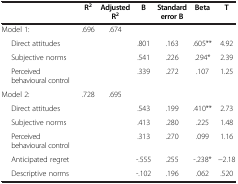
<table><thead><tr><td><b> </b></td><td><b>R<sup>2</sup></b></td><td><b>Adjusted R<sup>2</sup></b></td><td><b>B</b></td><td><b>Standard error B</b></td><td><b>Beta</b></td><td><b>T</b></td></tr></thead><tbody><tr><td>Model 1:</td><td>.696</td><td>.674</td><td> </td><td> </td><td> </td><td> </td></tr><tr><td>Direct attitudes</td><td> </td><td> </td><td>.801</td><td>.163</td><td>.605**</td><td>4.92</td></tr><tr><td>Subjective norms</td><td> </td><td> </td><td>.541</td><td>.226</td><td>.294*</td><td>2.39</td></tr><tr><td>Perceived behavioural control</td><td> </td><td> </td><td>.339</td><td>.272</td><td>.107</td><td>1.25</td></tr><tr><td>Model 2:</td><td>.728</td><td>.695</td><td> </td><td> </td><td> </td><td> </td></tr><tr><td>Direct attitudes</td><td> </td><td> </td><td>.543</td><td>.199</td><td>.410**</td><td>2.73</td></tr><tr><td>Subjective norms</td><td> </td><td> </td><td>.413</td><td>.280</td><td>.225</td><td>1.48</td></tr><tr><td>Perceived behavioural control</td><td> </td><td> </td><td>.313</td><td>.270</td><td>.099</td><td>1.16</td></tr><tr><td>Anticipated regret</td><td> </td><td> </td><td>-.555</td><td>.255</td><td>-.238*</td><td>−2.18</td></tr><tr><td>Descriptive norms</td><td> </td><td> </td><td>-.102</td><td>.196</td><td>.062</td><td>.520</td></tr></tbody></table>